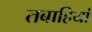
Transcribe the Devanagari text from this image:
तबाहियां